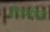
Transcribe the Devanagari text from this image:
बीजगणित।